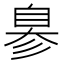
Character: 𦤒